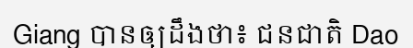
Giang បានឲ្យដឹងថា៖ ជនជាតិ Dao